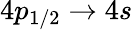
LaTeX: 4p_{1/2}\rightarrow 4s